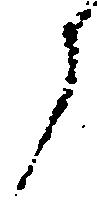
に